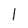
Character: l